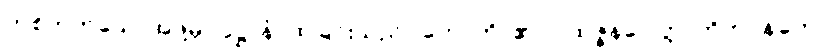
တစ်ဘက်သောအဖို့မှ။ ဝုဋ္ဌာနံ၊ ထခြင်းသည်။ ဟောတိ၊ ၏။ ပုထုဇ္ဇနဂေါတ္တာဘိဘဝနတော၊